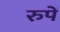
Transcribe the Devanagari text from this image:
रुपें